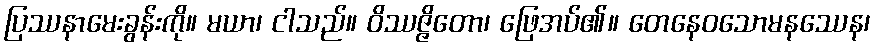
ပြဿနာမေးခွန်းကို။ မယာ၊ ငါသည်။ ဝိဿဇ္ဇိတော၊ ဖြေအပ်၏။ တေနေဝသောမနဿေန၊